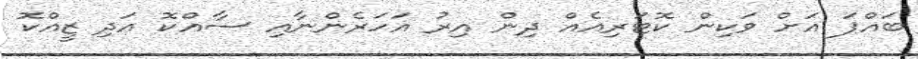
ބައްޕަ އަށް ވަކިން ކޮޓަރިއެއް ދިން އިރު އަހަރެންނާއި ސާއްކޮ އަދި ޒީއްކޮ